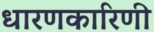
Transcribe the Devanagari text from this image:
धारणकारिणी